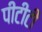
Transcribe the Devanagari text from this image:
पीटीटी